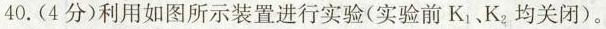
40.(4分)利用如图所示装置进行实验(实验前K_{1}、K_{2}均关闭)。